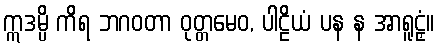
ဣဒမ္ပိ ကိရ ဘဂဝတာ ဝုတ္တမေဝ, ပါဠိယံ ပန န အာရူဠှံ။